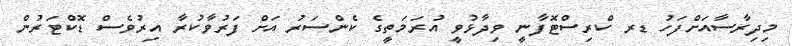
މިދިރާސާއަށްފަހު ޑރ ކްރިސްޓޮފާނީ ވިދާޅުވީ އުރަމަތީގެ ކެންސަރު އަށް ފަރުވާކުރާ އިރުވެސް ޑޮކްޓަރުން